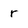
Character: r